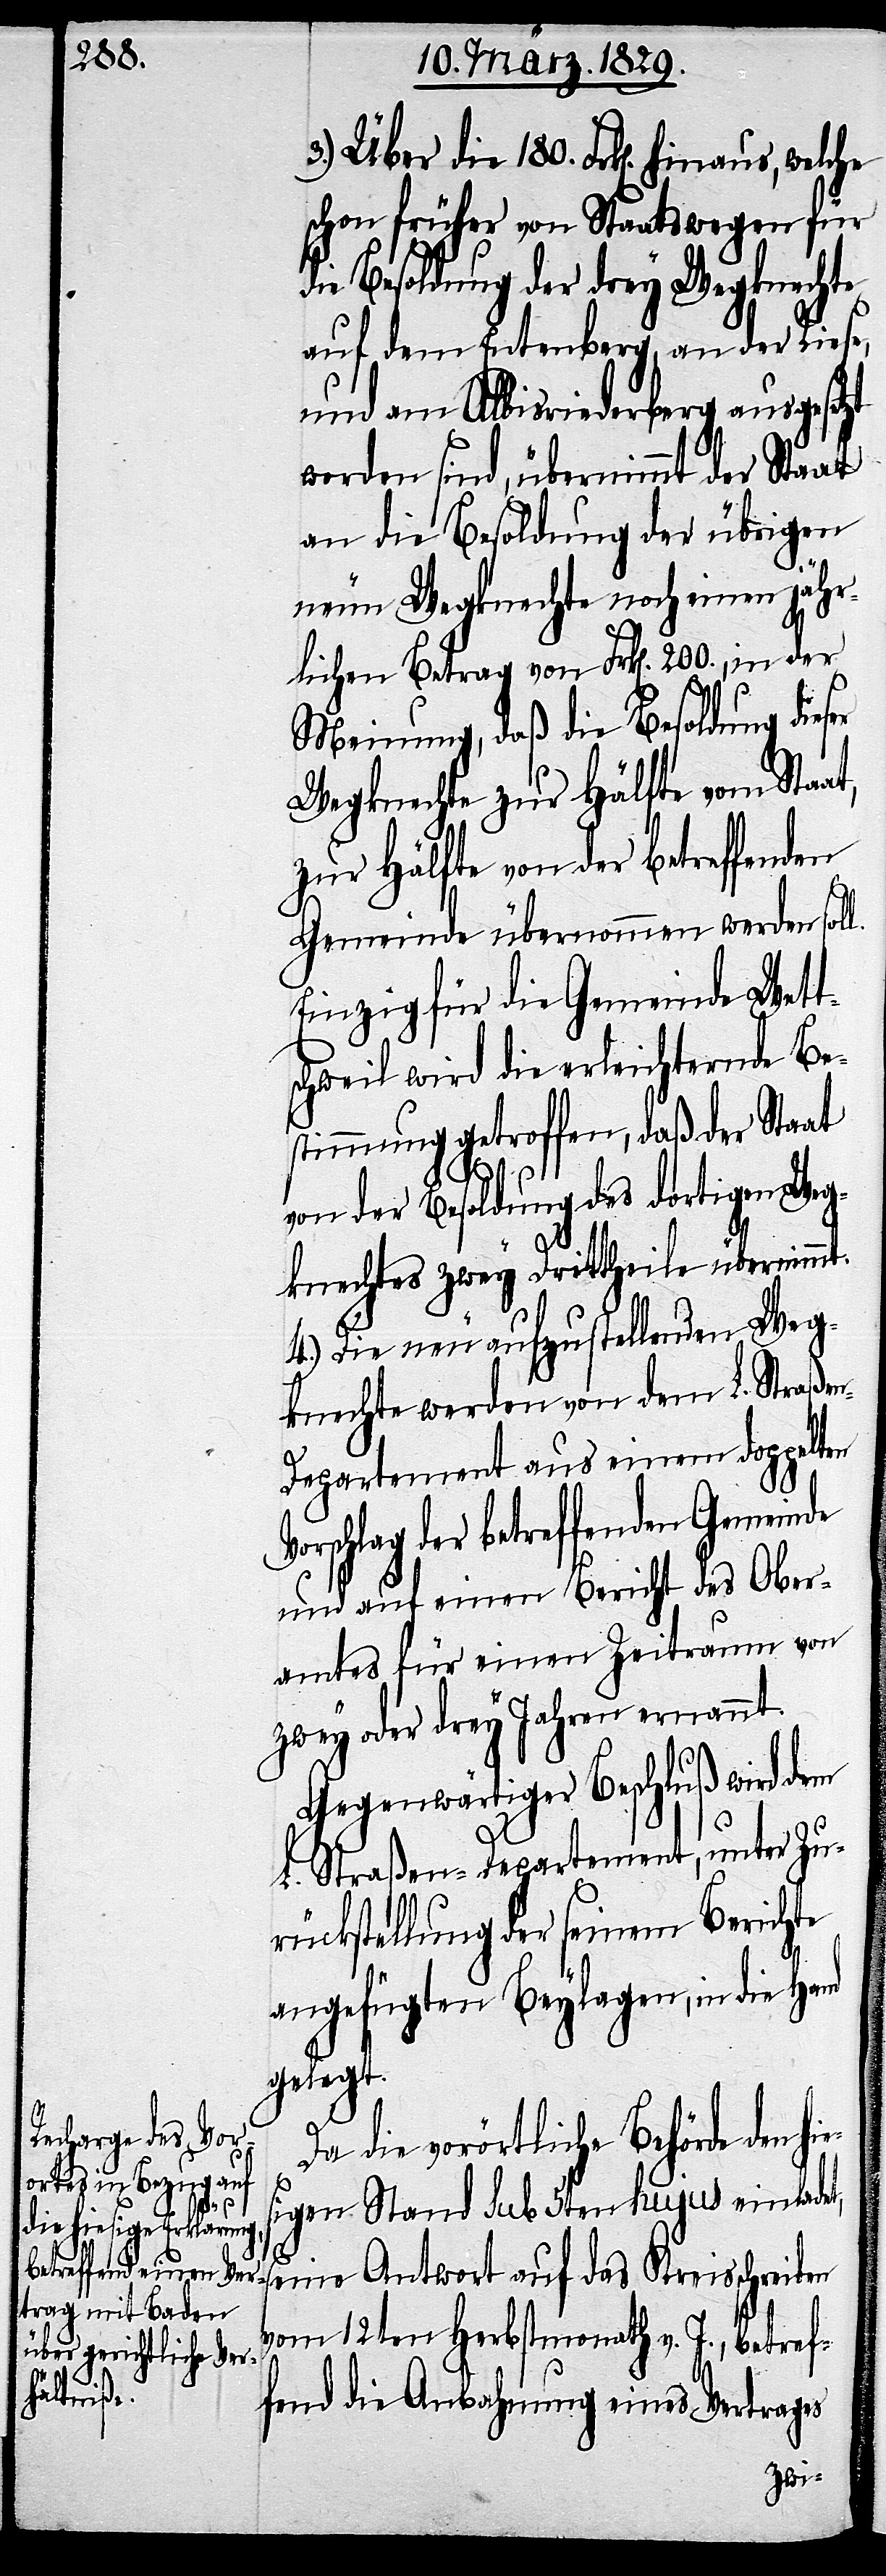
3.) Über die 180. Frk[en]. hinaus,
schon früher von Staatswegen für d¬
ie Besoldung der drey Wegknechte
auf dem Entenberg, an der Riese,
und am Albisriederberg ausgesetzt
worden sind, übernimmt der Staat
an die Besoldung der übrigen
neuen Wegknechte noch einen jähr¬
lichen Betrag von Frk[en]. 200., in der
Meinung, daß die Besoldung dieser
Wegknechte zur Hälfte vom Staat,
zur Hälfte von der betreffenden
Gemeinde übernommen werden soll.
Einzig für die Gemeinde Wett¬
schweil wird die erleichternde Be¬
stimmung getroffen, daß der Staat
von der Besoldung des dortigen Weg¬
knechtes zwey Drittheile übernimmt.
4.) Die neu aufzustellenden Weg¬
knechte werden von dem L. Straße¬
n-Departement aus einem doppelten
der betreffenden Gemeinde
und auf einen Bericht des Ober¬
amtes für einen Zeitraum von
zwey oder drey Jahren ernannt.
Gegenwärtiger Beschluß wird dem
L. Straßen-Departement, unter Zu¬
rückstellung der seinem Bericht
angefügten Beylagen, in die
gelegt.
Da die vorörtliche Behörde den
sigen Stand sub 5ten hujus einladet,
seine Antwort auf das Kreisschreiben
vom 12ten Herbstmonath v. J., betref¬
fend die Anbahnung eines Vertrages
hie¬